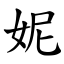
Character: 妮